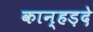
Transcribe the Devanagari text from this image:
कान्हड़दे